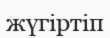
жүгіртіп